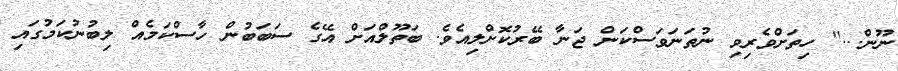
ނޫން...'' ހިތަށްވެރިވި ނުތަނަވަސްކަން ޖަނާ ބޭރުކޮށްލިއެވެ. ބަތޫލްއަށް އޭގެ ސަބަބުން ހާސްކަމެއް ލިބުނުކަމުގައި